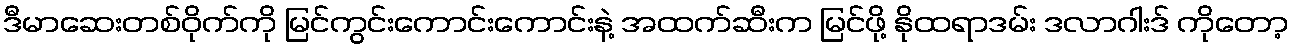
ဒီမာဆေးတစ်ဝိုက်ကို မြင်ကွင်းကောင်းကောင်းနဲ့ အထက်ဆီးက မြင်ဖို့ နိုထရာဒမ်း ဒလာဂါးဒ် ကိုတော့